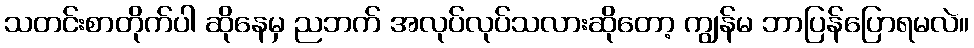
သတင်းစာတိုက်ပါ ဆိုနေမှ ညဘက် အလုပ်လုပ်သလားဆိုတော့ ကျွန်မ ဘာပြန်ပြောရမလဲ။